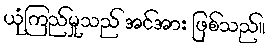
ယုံကြည်မှုသည် အင်အား ဖြစ်သည်။